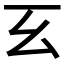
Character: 𢆰